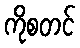
ကိုစတင်